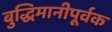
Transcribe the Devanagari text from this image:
बुद्धिमानीपूर्वक